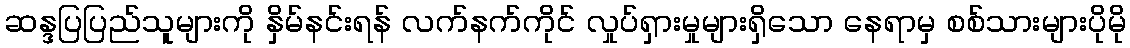
ဆန္ဒပြပြည်သူများကို နှိမ်နင်းရန် လက်နက်ကိုင် လှုပ်ရှားမှုများရှိသော နေရာမှ စစ်သားများပိုမို